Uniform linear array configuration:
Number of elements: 24
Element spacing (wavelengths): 0.75
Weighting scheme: uniform
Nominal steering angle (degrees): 45
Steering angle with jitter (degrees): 46.719
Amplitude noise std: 0.05
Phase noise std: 0.05

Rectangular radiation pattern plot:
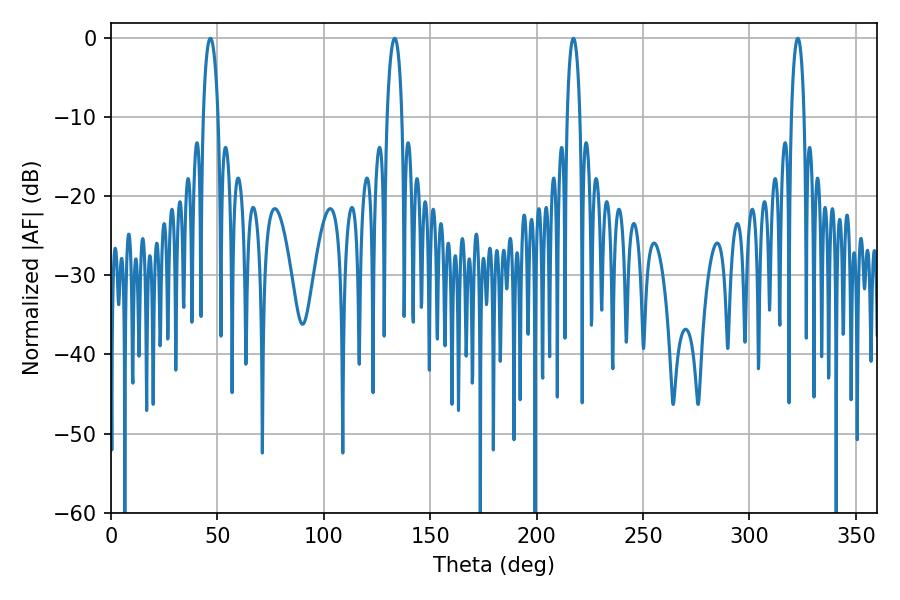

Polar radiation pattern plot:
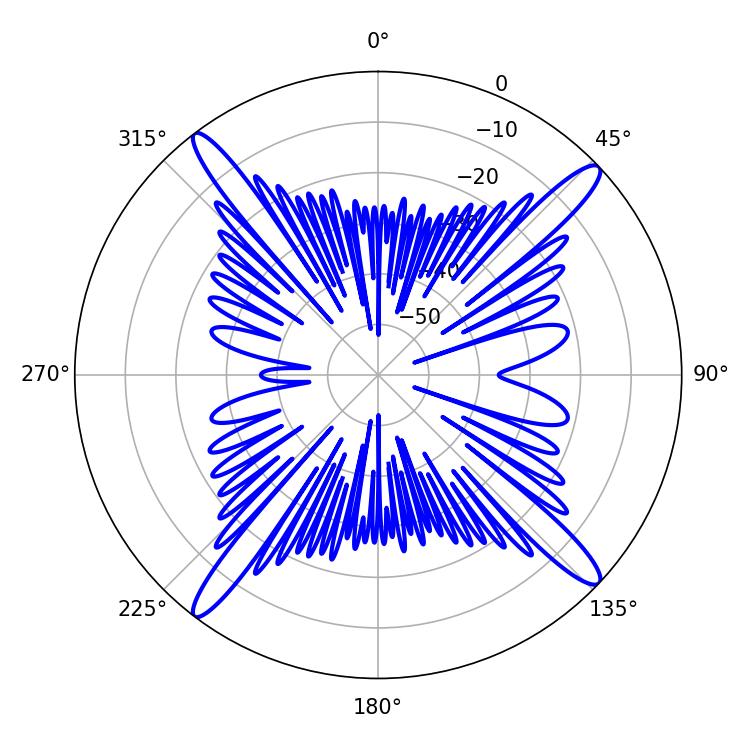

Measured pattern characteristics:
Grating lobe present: TRUE
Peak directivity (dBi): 17.793
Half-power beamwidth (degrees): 3.42
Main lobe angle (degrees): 217.26